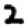
Digit: 2